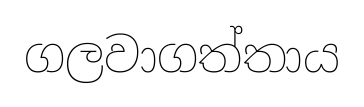
ගලවාගත්තාය